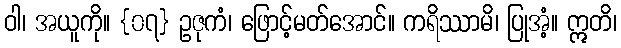
ဝါ၊ အယူကို။ {၀၇} ဥဇုကံ၊ ဖြောင့်မတ်အောင်။ ကရိဿာမိ၊ ပြုအံ့။ ဣတိ၊